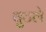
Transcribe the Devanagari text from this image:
बुटले